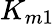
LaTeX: K_{m1}